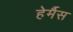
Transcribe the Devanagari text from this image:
हेर्मैस